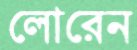
লোরেন